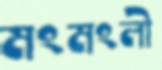
মংমংলী